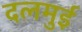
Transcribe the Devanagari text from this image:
दलमुई